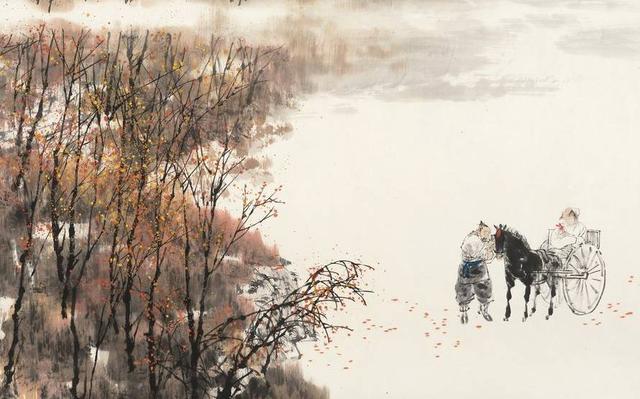
枥马苦踡跼，笼禽念遐征。